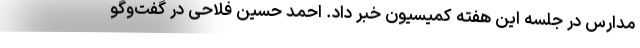
مدارس در جلسه این هفته کمیسیون خبر داد. احمد حسین فلاحی در گفت‌وگو